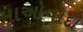
માઓવાદી